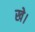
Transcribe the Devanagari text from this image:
खे।